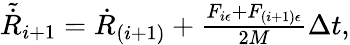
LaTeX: \begin{array}{r}{\tilde{\dot{R}}_{i+1}=\dot{R}_{(i+1)}+\frac{F_{i\epsilon}+F_{(i+1)\epsilon}}{2M}\Delta t,}\end{array}